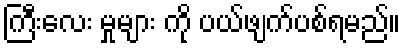
ကြီးလေး မှုများ ကို ပယ်ဖျက်ပစ်ရမည်။